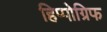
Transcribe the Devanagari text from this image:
हिप्पोग्रिफ